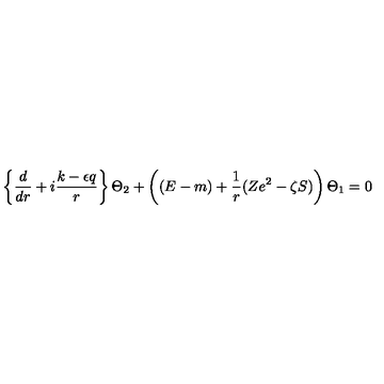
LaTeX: \left\{ \frac d { d r } + i \frac { k - \epsilon q } r \right\} \Theta _ { 2 } + \left( ( E - m ) + \frac 1 r ( Z e ^ { 2 } - \zeta S ) \right) \Theta _ { 1 } = 0